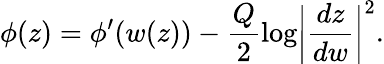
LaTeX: \phi(z)=\phi^{\prime}(w(z))-\frac{Q}{2}\log\biggl|\frac{dz}{dw}\biggr|^{2}.